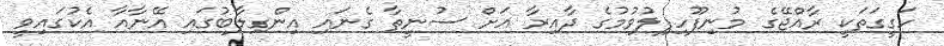
ހަގީގަތަކީ ރާއްޖޭގެ މުނިފޫހިފިލުވުމުގެ ދާއިރާ އަށް ސުނީތާ ގެނައި އިންގިލާބުގައި އޭނާއާ އެކުގައިވީ